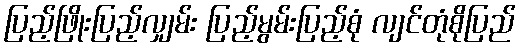
ပြည့်ဖြိုးပြည့်လျှမ်း ပြည့်မွမ်းပြည့်စုံ လျင်တုံစိုပြည်